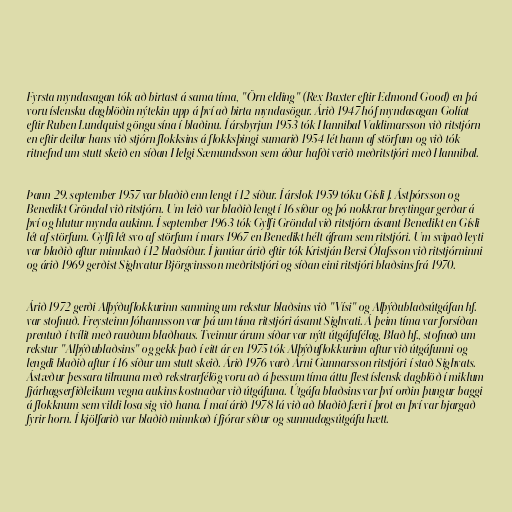
Fyrsta myndasagan tók að birtast á sama tíma, "Örn elding" (Rex Baxter eftir Edmond Good) en þá
voru íslensku dagblöðin nýtekin upp á því að birta myndasögur. Árið 1947 hóf myndasagan Golíat
eftir Ruben Lundquist göngu sína í blaðinu. Í ársbyrjun 1953 tók Hannibal Valdimarsson við ritstjórn
en eftir deilur hans við stjórn flokksins á flokksþingi sumarið 1954 lét hann af störfum og við tók
ritnefnd um stutt skeið en síðan Helgi Sæmundsson sem áður hafði verið meðritstjóri með Hannibal.

Þann 29. september 1957 var blaðið enn lengt í 12 síður. Í árslok 1959 tóku Gísli J. Ástþórsson og
Benedikt Gröndal við ritstjórn. Um leið var blaðið lengt í 16 síður og þó nokkrar breytingar gerðar á
því og hlutur mynda aukinn. Í september 1963 tók Gylfi Gröndal við ritstjórn ásamt Benedikt en Gísli
lét af störfum. Gylfi lét svo af störfum í mars 1967 en Benedikt hélt áfram sem ritstjóri. Um svipað leyti
var blaðið aftur minnkað í 12 blaðsíður. Í janúar árið eftir tók Kristján Bersi Ólafsson við ritstjórninni
og árið 1969 gerðist Sighvatur Björgvinsson meðritstjóri og síðan eini ritstjóri blaðsins frá 1970.

Árið 1972 gerði Alþýðuflokkurinn samning um rekstur blaðsins við "Vísi" og Alþýðublaðsútgáfan hf.
var stofnuð. Freysteinn Jóhannsson var þá um tíma ritstjóri ásamt Sighvati. Á þeim tíma var forsíðan
prentuð í tvílit með rauðum blaðhaus. Tveimur árum síðar var nýtt útgáfufélag, Blað hf., stofnað um
rekstur "Alþýðublaðsins" og gekk það í eitt ár en 1975 tók Alþýðuflokkurinn aftur við útgáfunni og
lengdi blaðið aftur í 16 síður um stutt skeið. Árið 1976 varð Árni Gunnarsson ritstjóri í stað Sighvats.
Ástæður þessara tilrauna með rekstrarfélög voru að á þessum tíma áttu flest íslensk dagblöð í miklum
fjárhagserfiðleikum vegna aukins kostnaðar við útgáfuna. Útgáfa blaðsins var því orðin þungur baggi
á flokknum sem vildi losa sig við hana. Í maí árið 1978 lá við að blaðið færi í þrot en því var bjargað
fyrir horn. Í kjölfarið var blaðið minnkað í fjórar síður og sunnudagsútgáfu hætt.